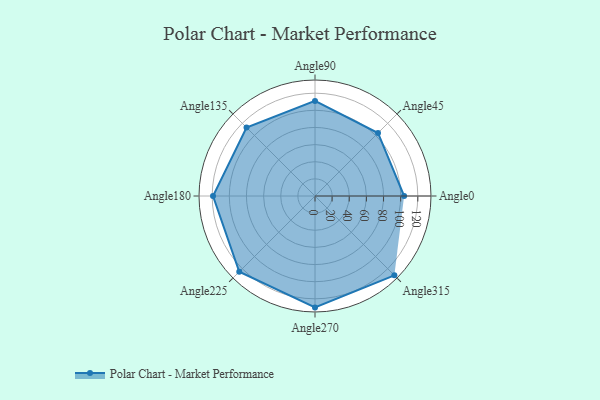
{"axis": {"x": "Angle", "y": "Radius"}, "legend": [""], "data": [{"x": "Angle0", "y": 104.0, "type": ""}, {"x": "Angle45", "y": 104.0, "type": ""}, {"x": "Angle90", "y": 111.0, "type": ""}, {"x": "Angle135", "y": 113.0, "type": ""}, {"x": "Angle180", "y": 119.0, "type": ""}, {"x": "Angle225", "y": 125.0, "type": ""}, {"x": "Angle270", "y": 130.0, "type": ""}, {"x": "Angle315", "y": 131.0, "type": ""}]}